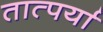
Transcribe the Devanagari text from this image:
तात्पर्या